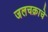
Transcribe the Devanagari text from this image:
जलचक्राचे